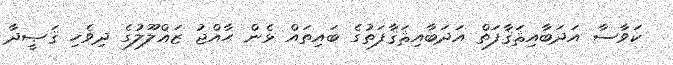
ކަވާސާ އަދަބާއިޘަޤާފަތް އަދަބާއިޘަޤާފަތުގެ ބައިތައް ޅެން ޙާއްޖު ޒަޣްލޫލުގެ ދިވެހި ޤަޞީދާ